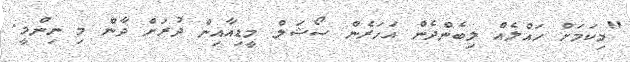
"މިކަމަށް ހައްލެއް ލިބެންދެން އަހަރެން ސޯޝަލް މީޑިއާއިން ދުރަށް ދާން މި ނިންމީ.